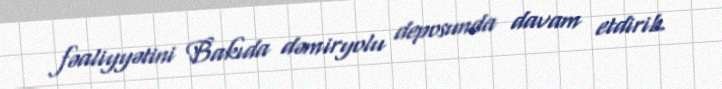
fəaliyyətini Bakıda dəmiryolu deposunda davam etdirib.